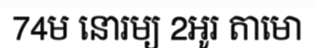
74ម នោរម្យ 2អូរ តាមោ